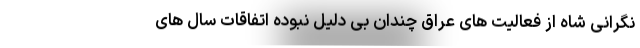
نگرانی شاه از فعالیت های عراق چندان بی دلیل نبوده اتفاقات سال های